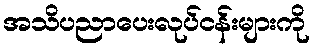
အသိပညာပေးလုပ်ငန်းများကို